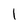
Character: 1